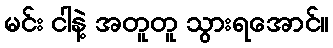
မင်း ငါနဲ့ အတူတူ သွားရအောင်။